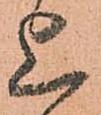
上